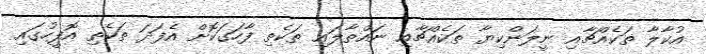
އުކާލާ ތަކެއްޗާއި ނީލަންކިޔާ ތަކެއްޗާއި ނައްތާލައި ތަކެތި ފާހަގަކޮށް އެފަދަ ތަކެތި އޮފީހުގައި